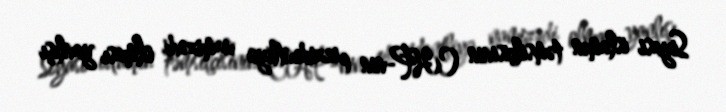
Siyasi islamın təmsilçisinin CHP-nin prezidentliyə namizədi olması yanlışı